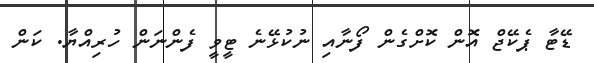
ޑޭޓާ ޕެކޭޖް އޮން ކޮށްގެން ފޯނާއި ނުކުޅޭނެ ޓީވީ ފެންނަން ހުރިއްޔާ. ކަން